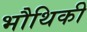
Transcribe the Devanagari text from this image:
भौथिकी